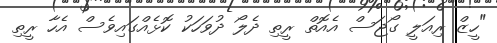
"ހީޒް ރިއަލީ ގޯޖަސް އެއޮތް ރީތި ދެލޯ ދުވަހަކު ކޮޅެއްގައިވެސް އެހާ ރީތި